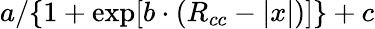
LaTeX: a/\{ 1+\exp[b\cdot(R_{cc}-|x|)]\} +c